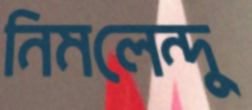
নিমলেন্দু